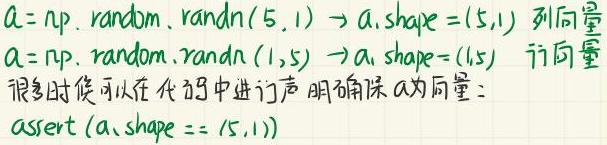
$a = np.random.randn(5,1) \to a.shape=(5,1)$ 列向量
$a = np.random.randn(1,5) \to a.shape=(1,5)$ 行向量
很多时候可以在代码中进行声 明确保 $a$ 为向量：
$\text{assert}(a.shape == (5,1))$